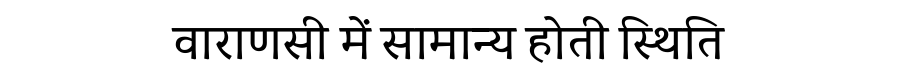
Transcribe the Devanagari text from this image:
वाराणसी में सामान्य होती स्थिति